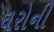
ઘરોની